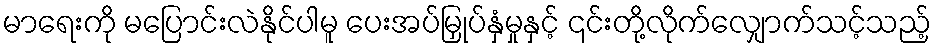
မာရေးကို မပြောင်းလဲနိုင်ပါမူ ပေးအပ်မြှုပ်နှံမှုနှင့် ၎င်းတို့လိုက်လျှောက်သင့်သည့်